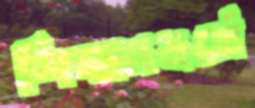
শিক্ষাবর্ষে